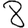
Digit: 8